Annual administration report of the Civil Veterinary Department, Ajmere-Merwara, British Rajputana - 1914-1940
Year: 1914
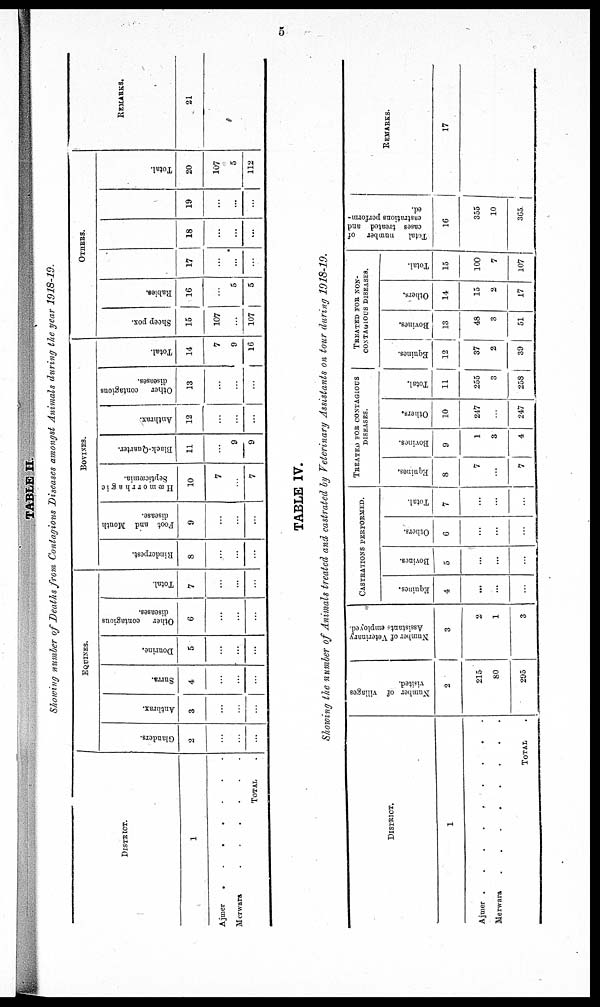
5
TABLE II.
Showing number of Deaths from Contagious Diseases amongst Animals during the year 1918-19.
DISTRICT.
1
Ajmer
.
.
.
.
.
Merwara
.
.
.
.
.
.
TOTAL
EQUINES.
Glanders.
2
...
...
...
Anthrax.
3
...
...
...
Surra.
4
...
...
...
Dourine.
5
...
...
...
Other contagious
diseases.
6
...
...
...
Total.
7
...
...
...
BOVINES.
Rinderpest.
8
...
...
...
Foot and Mouth
disease.
9
...
...
...
Hæmorrhagic
Septicæmia.
10
7
...
7
Black-Quarter.
11
...
9
9
Anthrax.
12
...
...
...
Other
contagious
diseases.
13
...
...
...
Total.
14
7
9
16
OTHERS.
Sheep pox.
15
107
...
107
Rabies.
16
...
5
5
17
...
...
...
18
...
...
...
19
...
...
...
Total.
20
107
5
112
REMARKS.
21
TABLE IV.
Showing the number of Animals treated and castrated by Veterinary Assistants on tour during 1918-19.
DISTRICT.
1
Ajmer .
.
.
.
.
.
.
.
.
Merwara
.
.
.
.
.
.
.
.
TOTAL .
Number of villages
visited.
2
215
80
295
Number of Veterinary
Assistants employed.
3
2
1
3
CASTRATION PERFOMED.
Equines.
4
...
...
...
Bovines.
5
...
...
...
Others.
6
...
...
...
Total.
7
...
...
...
TREATED FOR CONTAGIOUS
DISEASES.
Equines.
8
7
...
7
Bovines.
9
1
3
4
Others.
10
247
...
247
Total.
11
255
3
258
TREATED FOR NON-
---------- DISEASES.
Equines.
12
37
2
39
Bovines.
13
48
3
51
Others.
14
15
2
17
Total.
15
100
7
107
Total
number of
cases treated and
castrations perform-
ed.
16
355
10
365
REMARKS.
17